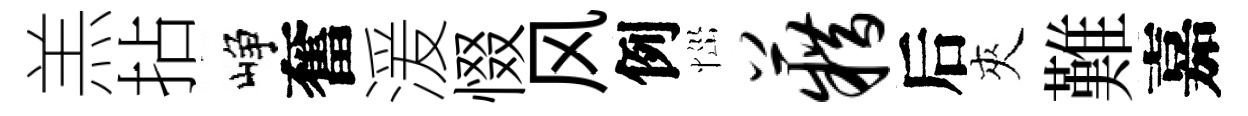
羔拈峥奮湲惙风例𢙉籍后夾難嘉